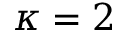
\kappa = 2